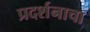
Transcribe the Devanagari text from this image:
प्रदर्शनाचा